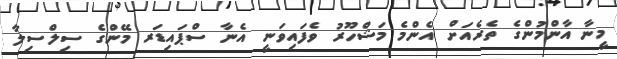
މީނާ އާންމުންގެ ތެރެއަށް އެންމެ މަޝްހޫރު ވެފައިވަނީ އެނާ ސްޕައިޑަރ މޭންގެ ސިލްސިލާ